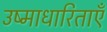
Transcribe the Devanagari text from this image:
उष्माधारिताएँ